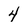
Character: 4